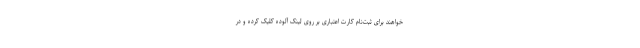
‌خواهند برای ثبت‌نام کارت اعتباری بر روی لینک آلوده کلیک کرده و در